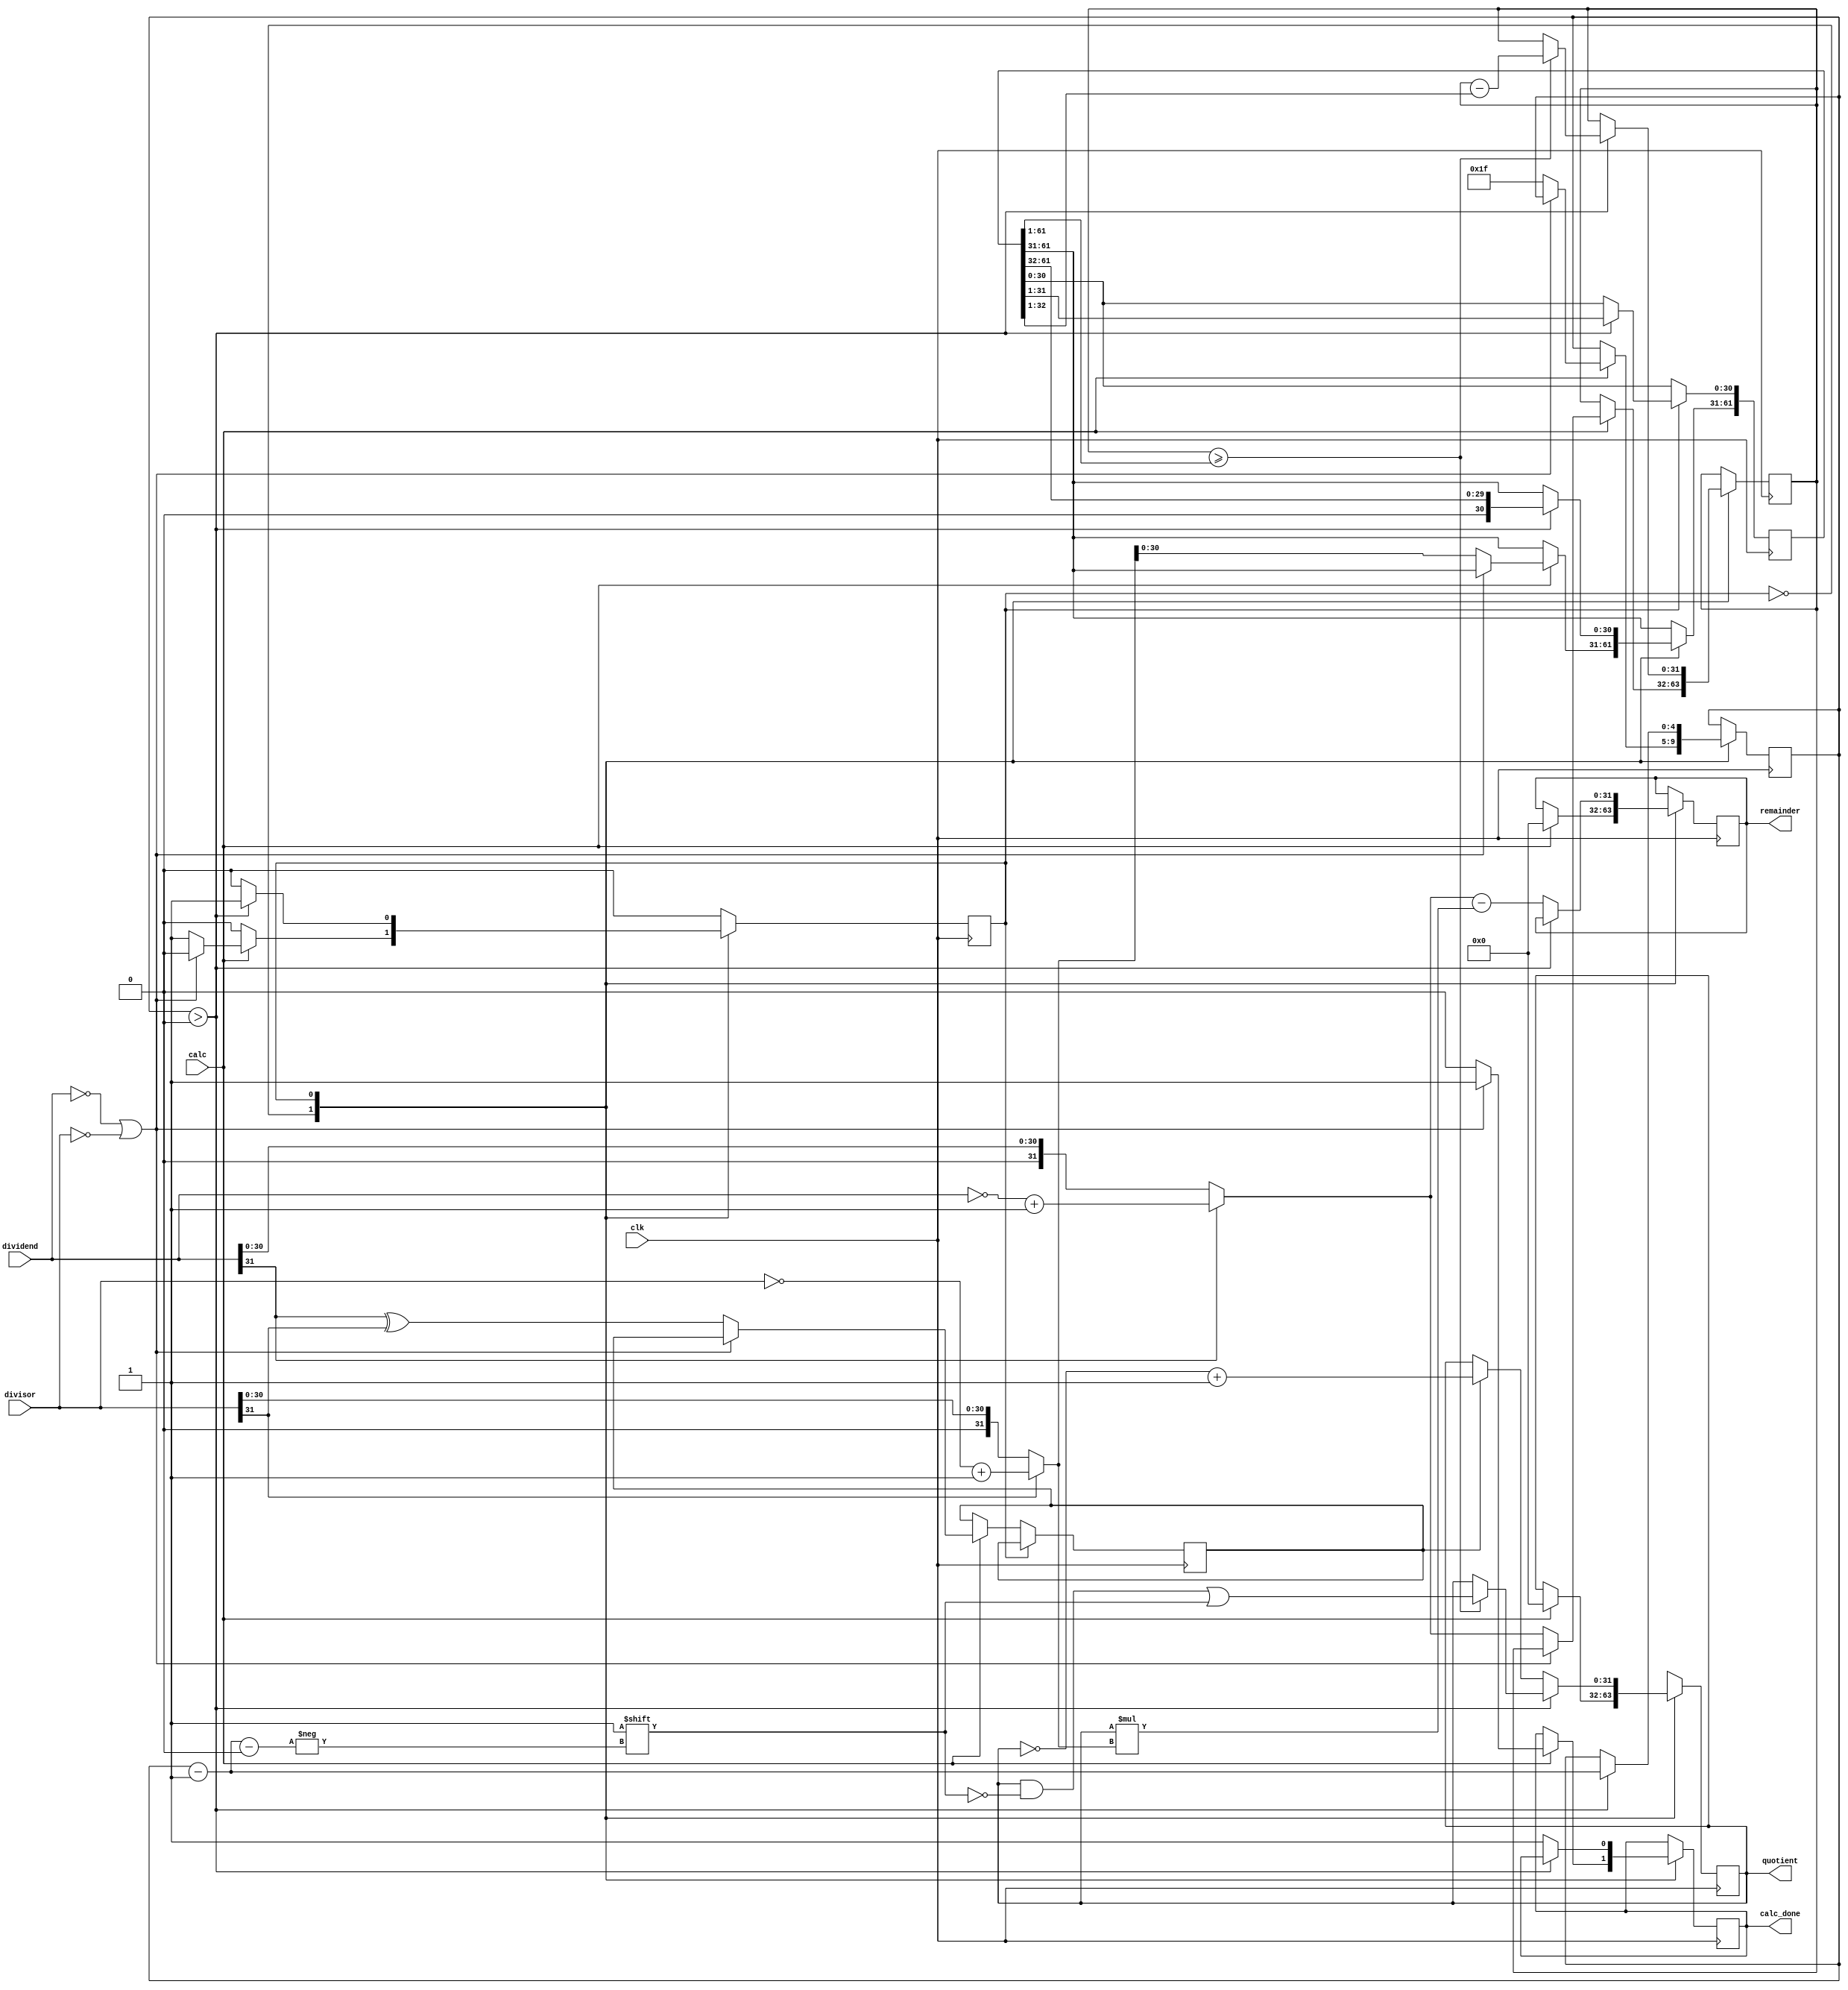
`timescale 1ns / 1ps
//Signed 32-bit divider
module intDiv(
	input clk,
	input [31:0] dividend,
	input [31:0] divisor,
	input calc,
	output reg [31:0] quotient,
	output reg [31:0] remainder,
	output reg calc_done
);

localparam
state_idle = 1'b0,
state_calc = 1'b1;

reg state = state_idle;
reg [31:0] dvdnd = 31'd0;
reg [61:0] dvsor = 31'd0;
reg [4:0] count = 5'd0;
reg quot_sign = 0;

initial begin
	quotient = 31'd0;
	remainder = 31'd0;
	calc_done = 1'b1;
end

always @(posedge clk) begin
	case(state)
		state_idle:
			begin
				if (calc) begin
						quotient <= 31'b0;
						remainder <= 31'b0;
						calc_done <= 1'b0;
					if (dividend == 31'b0 || divisor == 31'b0) begin //Immediately return 0 if either the dividend or the divisor is 0
						calc_done <= 1'b1;
					end else begin
						state <= state_calc;
						quot_sign <= dividend[31] ^ divisor[31]; //Find the sign of the quotient
						dvdnd <= (dividend[31]) ? (~dividend) + 1 : dividend; //Get the absolute value of the dividend
						dvsor[61:31] <= (divisor[31]) ? (~divisor) + 1 : divisor; //Get the absolute value of the divisor
						count <= 5'd31;
					end
				end
			end
		state_calc:
			begin
				if (count > 5'd0) begin
					dvsor <= dvsor >> 1;
					count <= count - 5'd1;
					if (dvdnd >= (dvsor >> 1)) begin
						quotient[(count - 5'd1)] <= 1'b1;
						dvdnd <= dvdnd - (dvsor >> 1);
					end
				end else begin
					state <= state_idle;
					calc_done <= 1'b1;
					if (quot_sign) quotient <= (~quotient) + 1;  //Negate the quotient if the pre-calculated sign is negative
					remainder <= ((dividend[31]) ? (~dividend) + 1 : dividend) - (quotient * ((divisor[31]) ? (~divisor) + 1 : divisor));
				end
			end
	endcase
end



endmodule